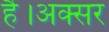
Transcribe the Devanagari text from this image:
है।अक्सर